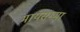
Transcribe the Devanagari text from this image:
मायसम्मा